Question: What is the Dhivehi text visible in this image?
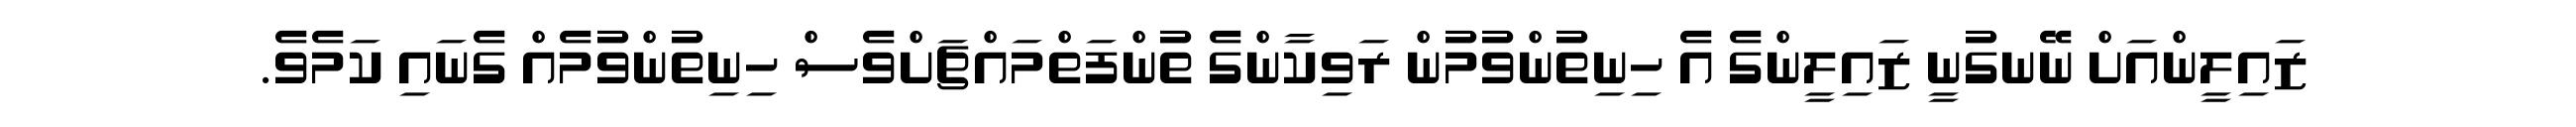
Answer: ޒައިލީންއަށް ނޭނގުނީ ޒައިލީންގެ އެ ހިނިތުންވުމުން ރަވިކާންގެ ތުންފަތްމައްޗަށްވެސް ހިނިތުންވުމެއް ގެނައި ކަމެވެ.